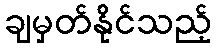
ချမှတ်နိုင်သည့်